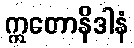
ဣတောနိဒါနံ